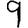
Digit: 9